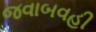
જવાબવહી